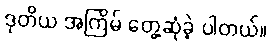
ဒုတိယ အကြိမ် တွေ့ဆုံခဲ့ ပါတယ်။